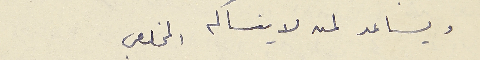
ويساعد لمن لا ينساكم                              المخلص